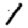
Digit: 1